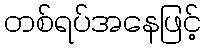
တစ်ရပ်အနေဖြင့်